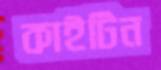
কাইটিন